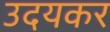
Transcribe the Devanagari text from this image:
उदयकर